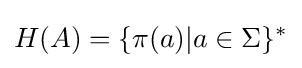
H(A)=\{\pi (a)|a\in \Sigma \}^{*}